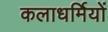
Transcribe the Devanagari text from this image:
कलाधर्मियों